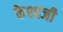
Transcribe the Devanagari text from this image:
केशाजी